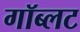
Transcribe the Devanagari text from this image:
गॉब्लट